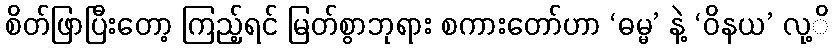
စိတ်ဖြာပြီးတော့ ကြည့်ရင် မြတ်စွာဘုရား စကားတော်ဟာ ‘ဓမ္မ’ နဲ့ ‘ဝိနယ’ လု့ိ